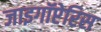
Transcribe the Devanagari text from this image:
जाइगॉप्टेरिस